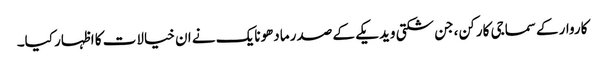
کاروار کےسماجی کارکن ،جن شکتی ویدیکے کے صدر مادھونایک نے ان خیالات کا اظہار کیا۔